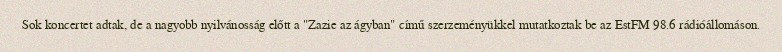
Sok koncertet adtak, de a nagyobb nyilvánosság előtt a "Zazie az ágyban" című szerzeményükkel mutatkoztak be az EstFM 98.6 rádióállomáson.